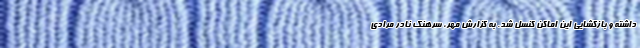
داشته و بازگشایی این اماکن کنسل شد. به گزارش مهر، سرهنگ نادر مرادی